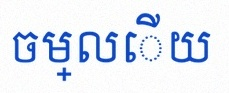
ចម្លើយ